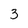
Character: 3